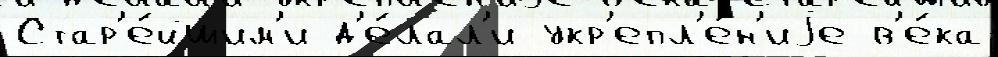
Стар'е́йшим'и д'е́лал'и укр'епл'е́н'иjе в'е́ка